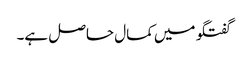
گفتگو میں کمال حاصل ہے۔